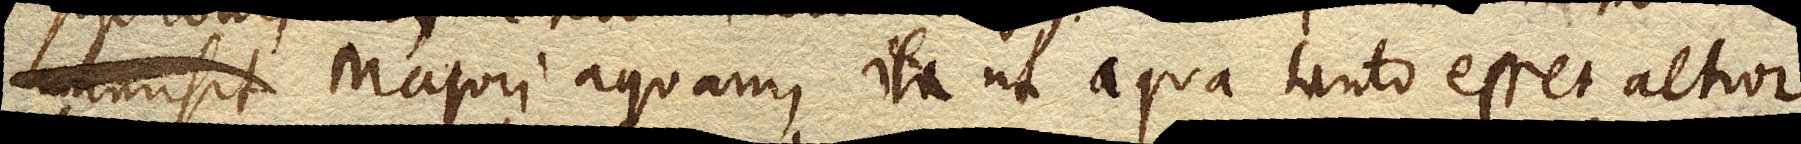
immisit infudit, majori aquam, ita ut aqua tanto esset altior